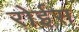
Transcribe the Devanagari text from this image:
रोईस